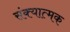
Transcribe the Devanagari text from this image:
संक्यात्मक